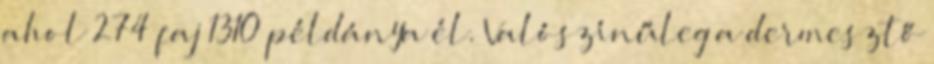
ahol 274 faj 1310 példánya él. Valószínűleg a dermesztő